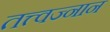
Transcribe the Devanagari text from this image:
तत्त्वज्नान